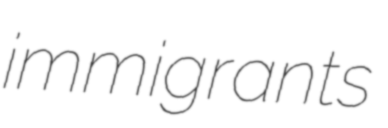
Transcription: immigrants